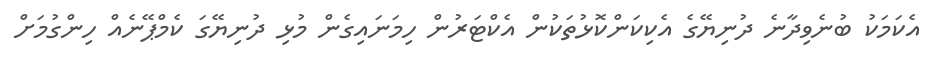
އެކަމަކު ބުނެވިދާނެ ދުނިޔޭގެ އެކިކަންކޮޅުތަކުން އެކްޓަރުން ހިމަނައިގެން މުޅި ދުނިޔޭގަ ކެމްޕޭނެއް ހިންގުމަށް